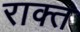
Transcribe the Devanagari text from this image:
राक्त